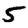
Digit: 5